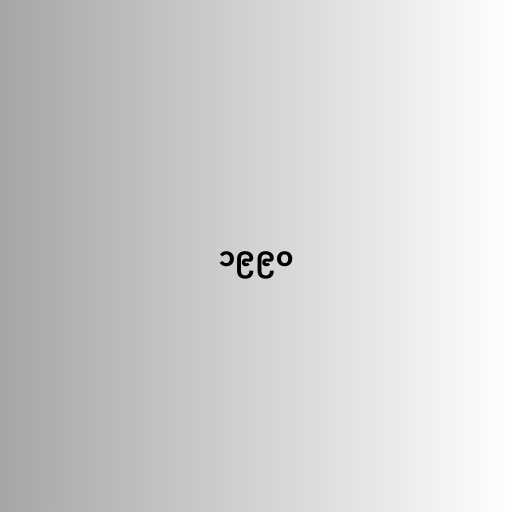
၁၉၉၀